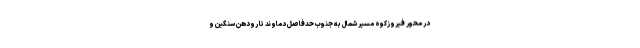
در محور فیروزکوه مسیر شمال به جنوب حدفاصل دماوند تا رودهن سنگین و